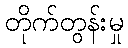
တိုက်တွန်းမှု